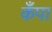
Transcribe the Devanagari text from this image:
कँपा